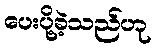
ပေးပို့ခဲ့သည်ဟု